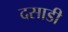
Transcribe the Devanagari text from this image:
दसाडी